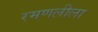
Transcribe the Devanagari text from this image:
रमणलीला